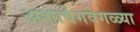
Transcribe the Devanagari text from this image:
अशावेगवेगळ्या